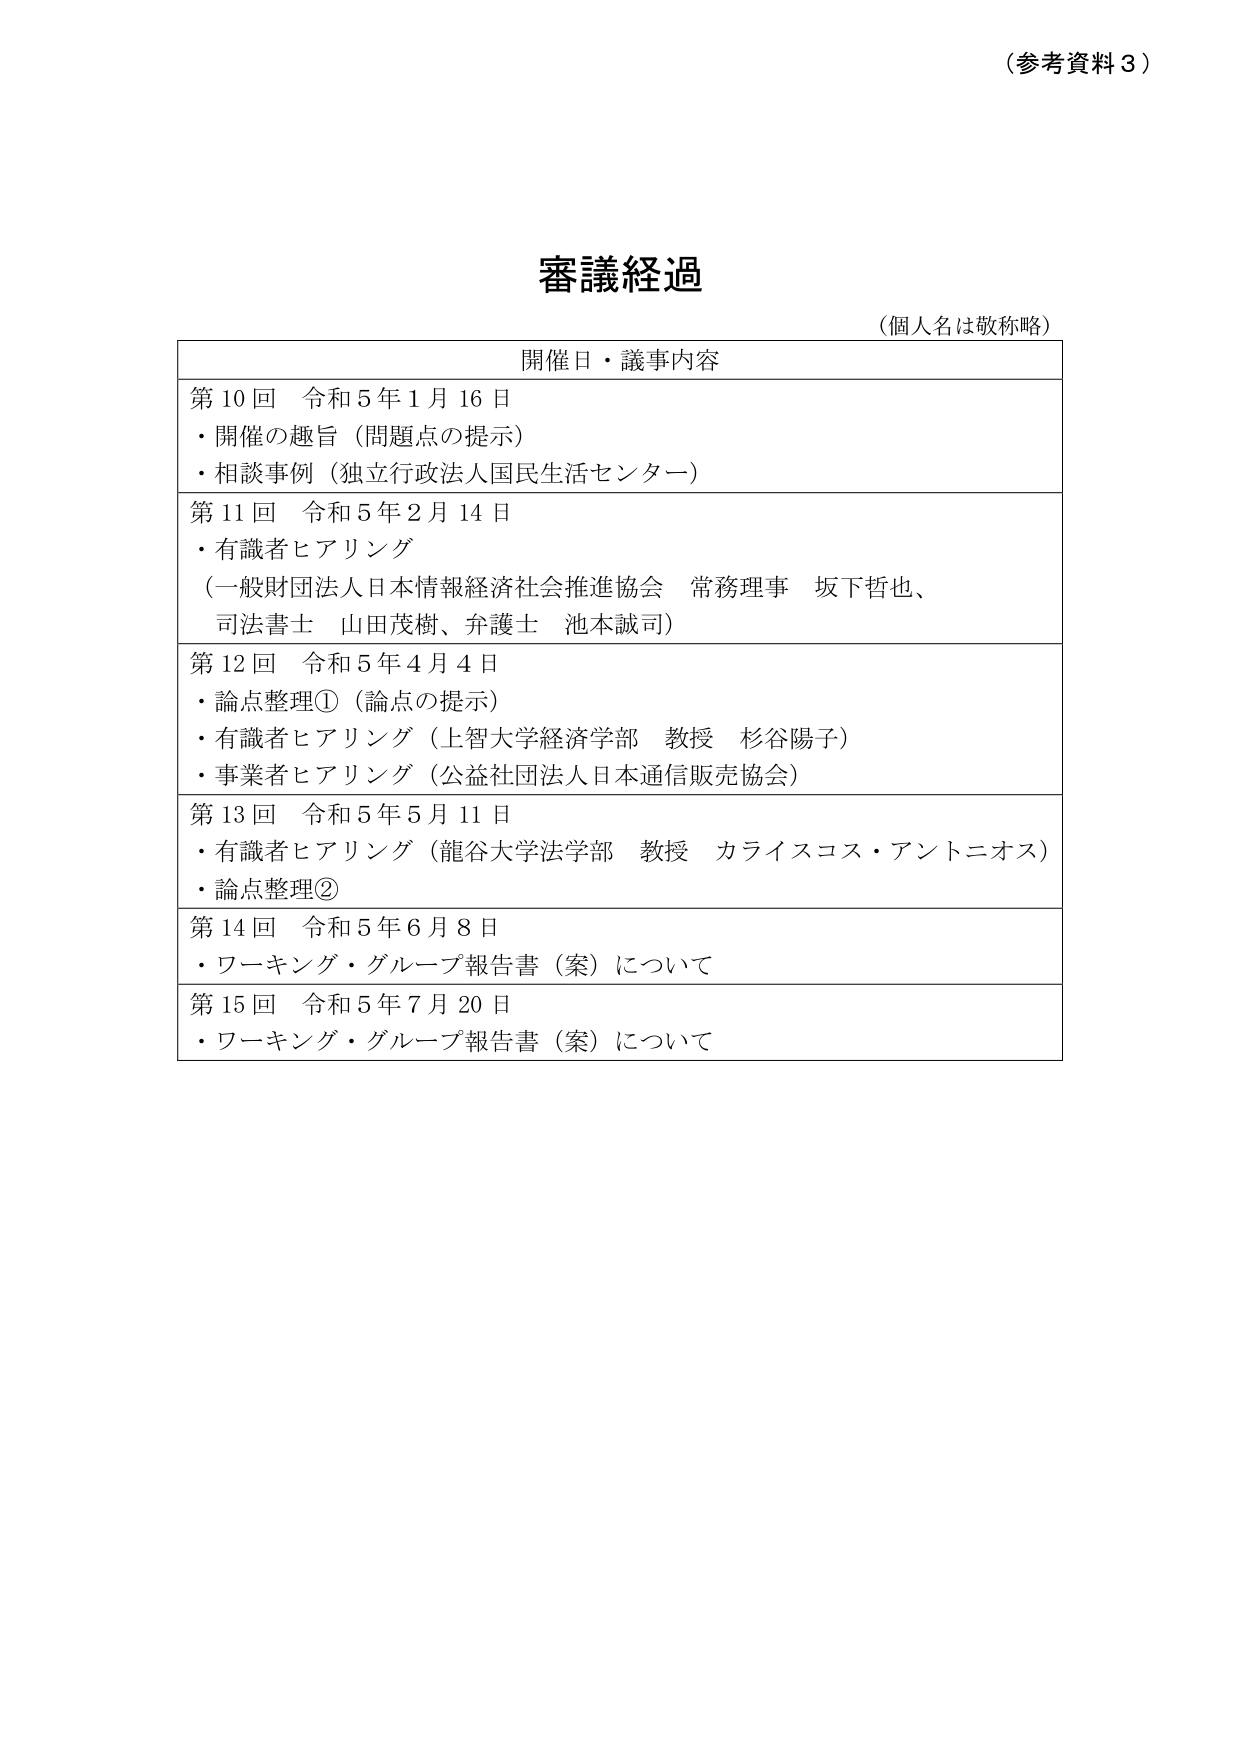
（参考資料３）

審議経過
（個人名は敬称略）

開催日・議事内容

第10回 令和5年1月16日
・開催の趣旨（問題点の提示）
・相談事例（独立行政法人国民生活センター）

第11回 令和5年2月14日
・有識者ヒアリング
（一般財団法人日本情報経済社会推進協会 常務理事 坂下哲也、
司法書士 山田茂樹、弁護士 池本誠司）

第12回 令和5年4月4日
・論点整理①（論点の提示）
・有識者ヒアリング（上智大学経済学部 教授 杉谷陽子）
・事業者ヒアリング（公益社団法人日本通信販売協会）

第13回 令和5年5月11日
・有識者ヒアリング（龍谷大学法学部 教授 カライスコス・アントニオス）
・論点整理②

第14回 令和5年6月8日
・ワーキング・グループ報告書（案）について

第15回 令和5年7月20日
・ワーキング・グループ報告書（案）について